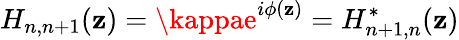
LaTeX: H_{n,n+1}(\mathbf{z})=\kappae^{i\phi(\mathbf{z})}=H_{n+1,n}^{*}(\mathbf{z})